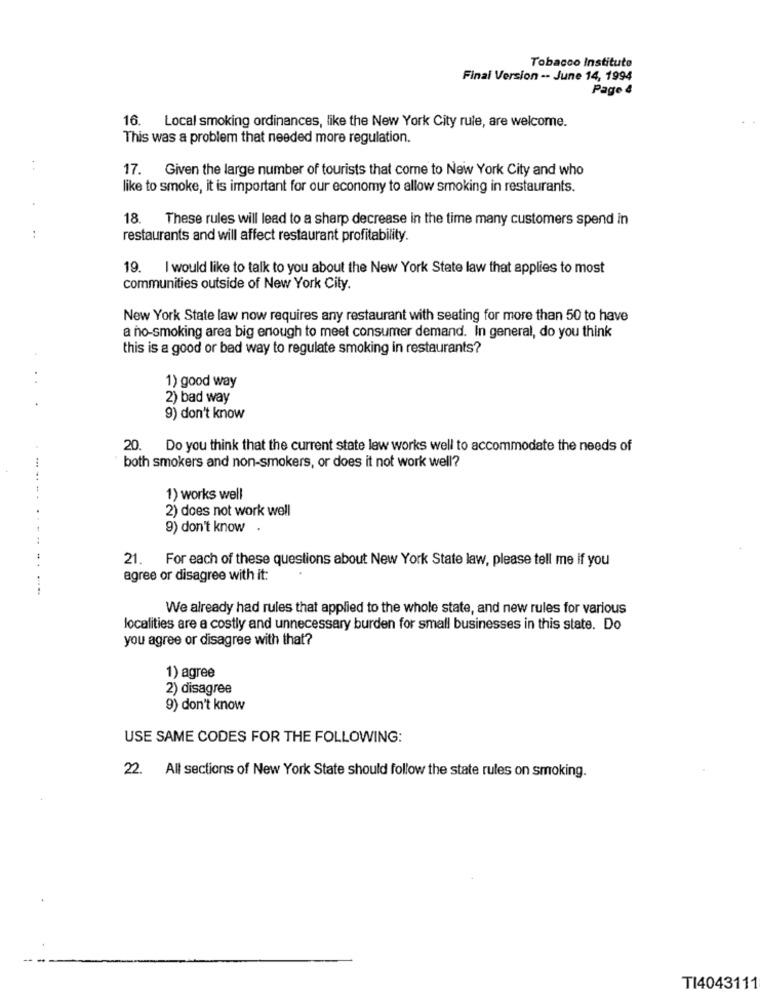
Tobacco Instituto
Final Version -- June 14, 1994
Page 4
16. Local smoking ordinances, like the New York City rule, are welcome.
This was a problem that needed more regulation.
17. Given the large number of tourists that come to New York City and who
like to smoke, it is important for our economy to allow smoking in restaurants.
18. These rules will lead to a sharp decrease in the time many customers spend in
restaurants and will affect restaurant profitability.
19. I would like to talk to you about the New York State law that applies to most
communities outside of New York City.
New York State law now requires any restaurant with seating for more than 50 to have
a no-smoking area big enough to meet consumer demand. In general, do you think
this is a good or bad way to regulate smoking in restaurants?
1) good way
2) bad way
9) don't know
20. Do you think that the current state law works well to accommodate the needs of
both smokers and non-smokers, or does it not work well?
1) works well
2) does not work well
9) don't know
21. For each of these questions about New York State law, please tell me if you
agree or disagree with it:
We already had rules that applied to the whole state, and new rules for various
localities are a costly and unnecessary burden for small businesses in this state. Do
you agree or disagree with that?
1) agree
2) disagree
9) don't know
USE SAME CODES FOR THE FOLLOWING:
22. All sections of New York State should follow the state rules on smoking.
TI4043111